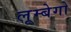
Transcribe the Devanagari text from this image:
लूम्बेगो